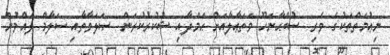
ނިޢުމަތްތަކުގެ ވެރި  ސުބްޙާނަހޫ ވަތަޢާލާއަށް ޙަމްދާއި ޝުކުރުކުރަން. ޞަލަވާތާއި ސަލާމް ލެއްވުން